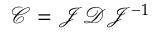
\mathcal C = \mathcal J \mathcal D \mathcal J ^ { - 1 }